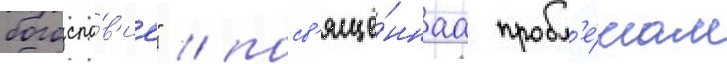
богосло́в'ие" / посв'ящё́ннаа пробл'е́мам